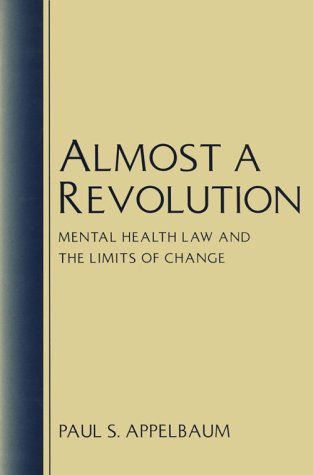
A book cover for Almost a Revolution: Mental Health Law and the Limits of Change; Paul S. Appelbaum; Law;